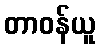
တာဝန်ယူ